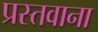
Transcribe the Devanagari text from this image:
प्रस्तवाना